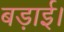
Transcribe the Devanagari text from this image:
बड़ाई।